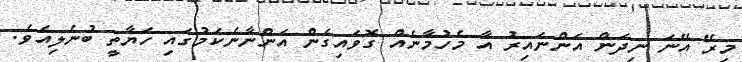
މިރޭ އޭނަ ނިދަން އަންނައިރު އާ މެހުމާނެއް ގޮވައިގެން އަންނާނެކަމުގައި ހަޔާތީ ބުނެލިއެވެ.